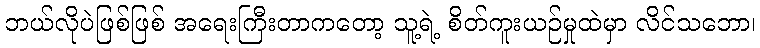
ဘယ်လိုပဲဖြစ်ဖြစ် အရေးကြီးတာကတော့ သူ့ရဲ့ စိတ်ကူးယဉ်မှုထဲမှာ လိင်သဘော၊